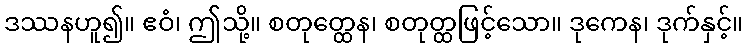
ဒဿနဟူ၍။ ဧဝံ၊ ဤသို့။ စတုတ္ထေန၊ စတုတ္ထဖြင့်သော။ ဒုကေန၊ ဒုက်နှင့်။